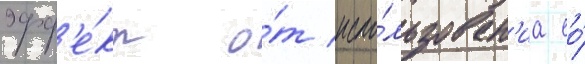
эфф'е́кт о́т испо́льзован'иа ео́